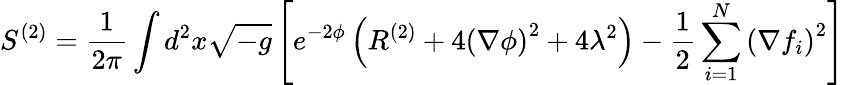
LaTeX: S^{(2)}=\frac{1}{2\pi}\int d^{2}x\sqrt{-g}\left[e^{-2\phi}\left(R^{(2)}+4{(\nabla\phi)}^{2}+4\lambda^{2}\right)-\frac{1}{2}\sum_{i=1}^{N}{(\nabla f_{i})}^{2}\right]